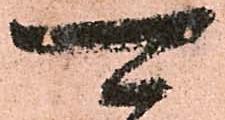
可